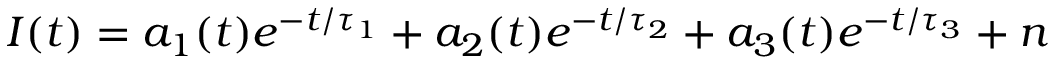
I ( t ) = a _ { 1 } ( t ) e ^ { - t / \tau _ { 1 } } + a _ { 2 } ( t ) e ^ { - t / \tau _ { 2 } } + a _ { 3 } ( t ) e ^ { - t / \tau _ { 3 } } + n